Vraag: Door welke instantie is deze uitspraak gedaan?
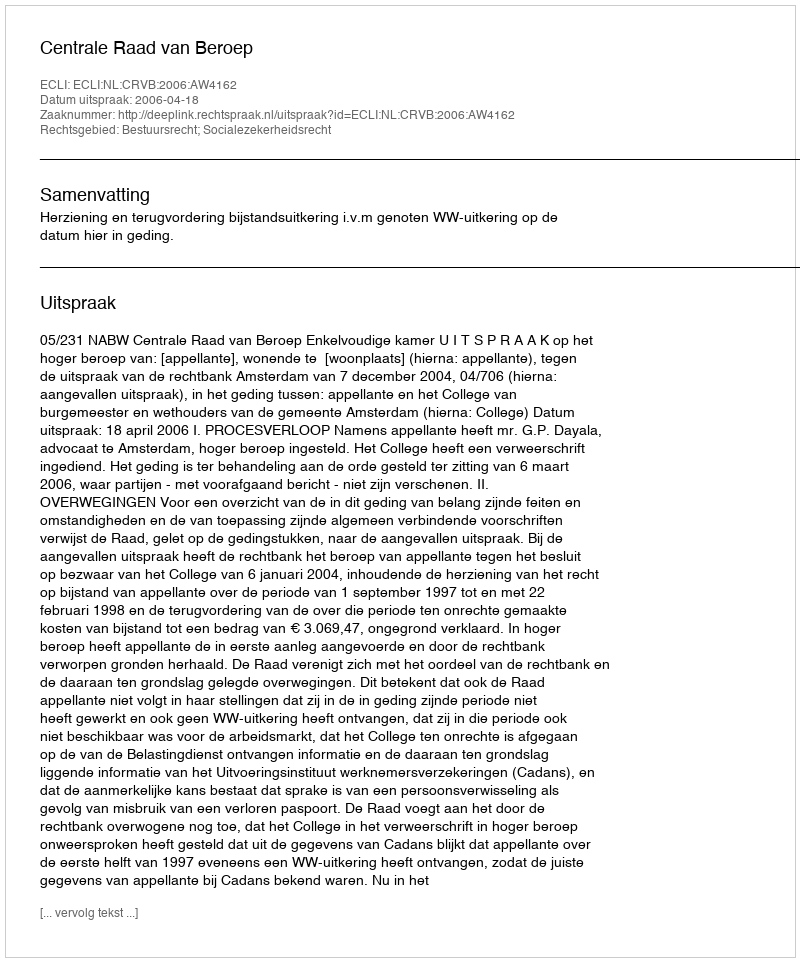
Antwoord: Centrale Raad van Beroep